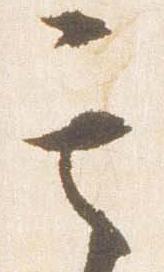
其